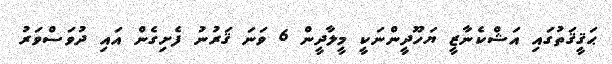
ޙަޤީޤަތުގައި އަޝްކެނާޒީ ޔަހޫދީންނަކީ މީލާދީން 6 ވަނަ ޤަރުނު ފެށިގެން އައި ދުވަސްވަރު